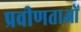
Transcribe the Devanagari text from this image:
प्रवीणताओं